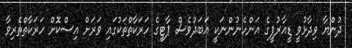
ދުންޔާ ވިދާޅުވީ ޑީއާރުޕީގެ އަންހެނުންނަކީ އަބަދުވެސް ޕާޓީގެ ހަރަކާތްތަކުގައި ވަރަށް އިސްކޮށް ހަރަކާތްތެރިވާ